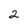
Character: 2